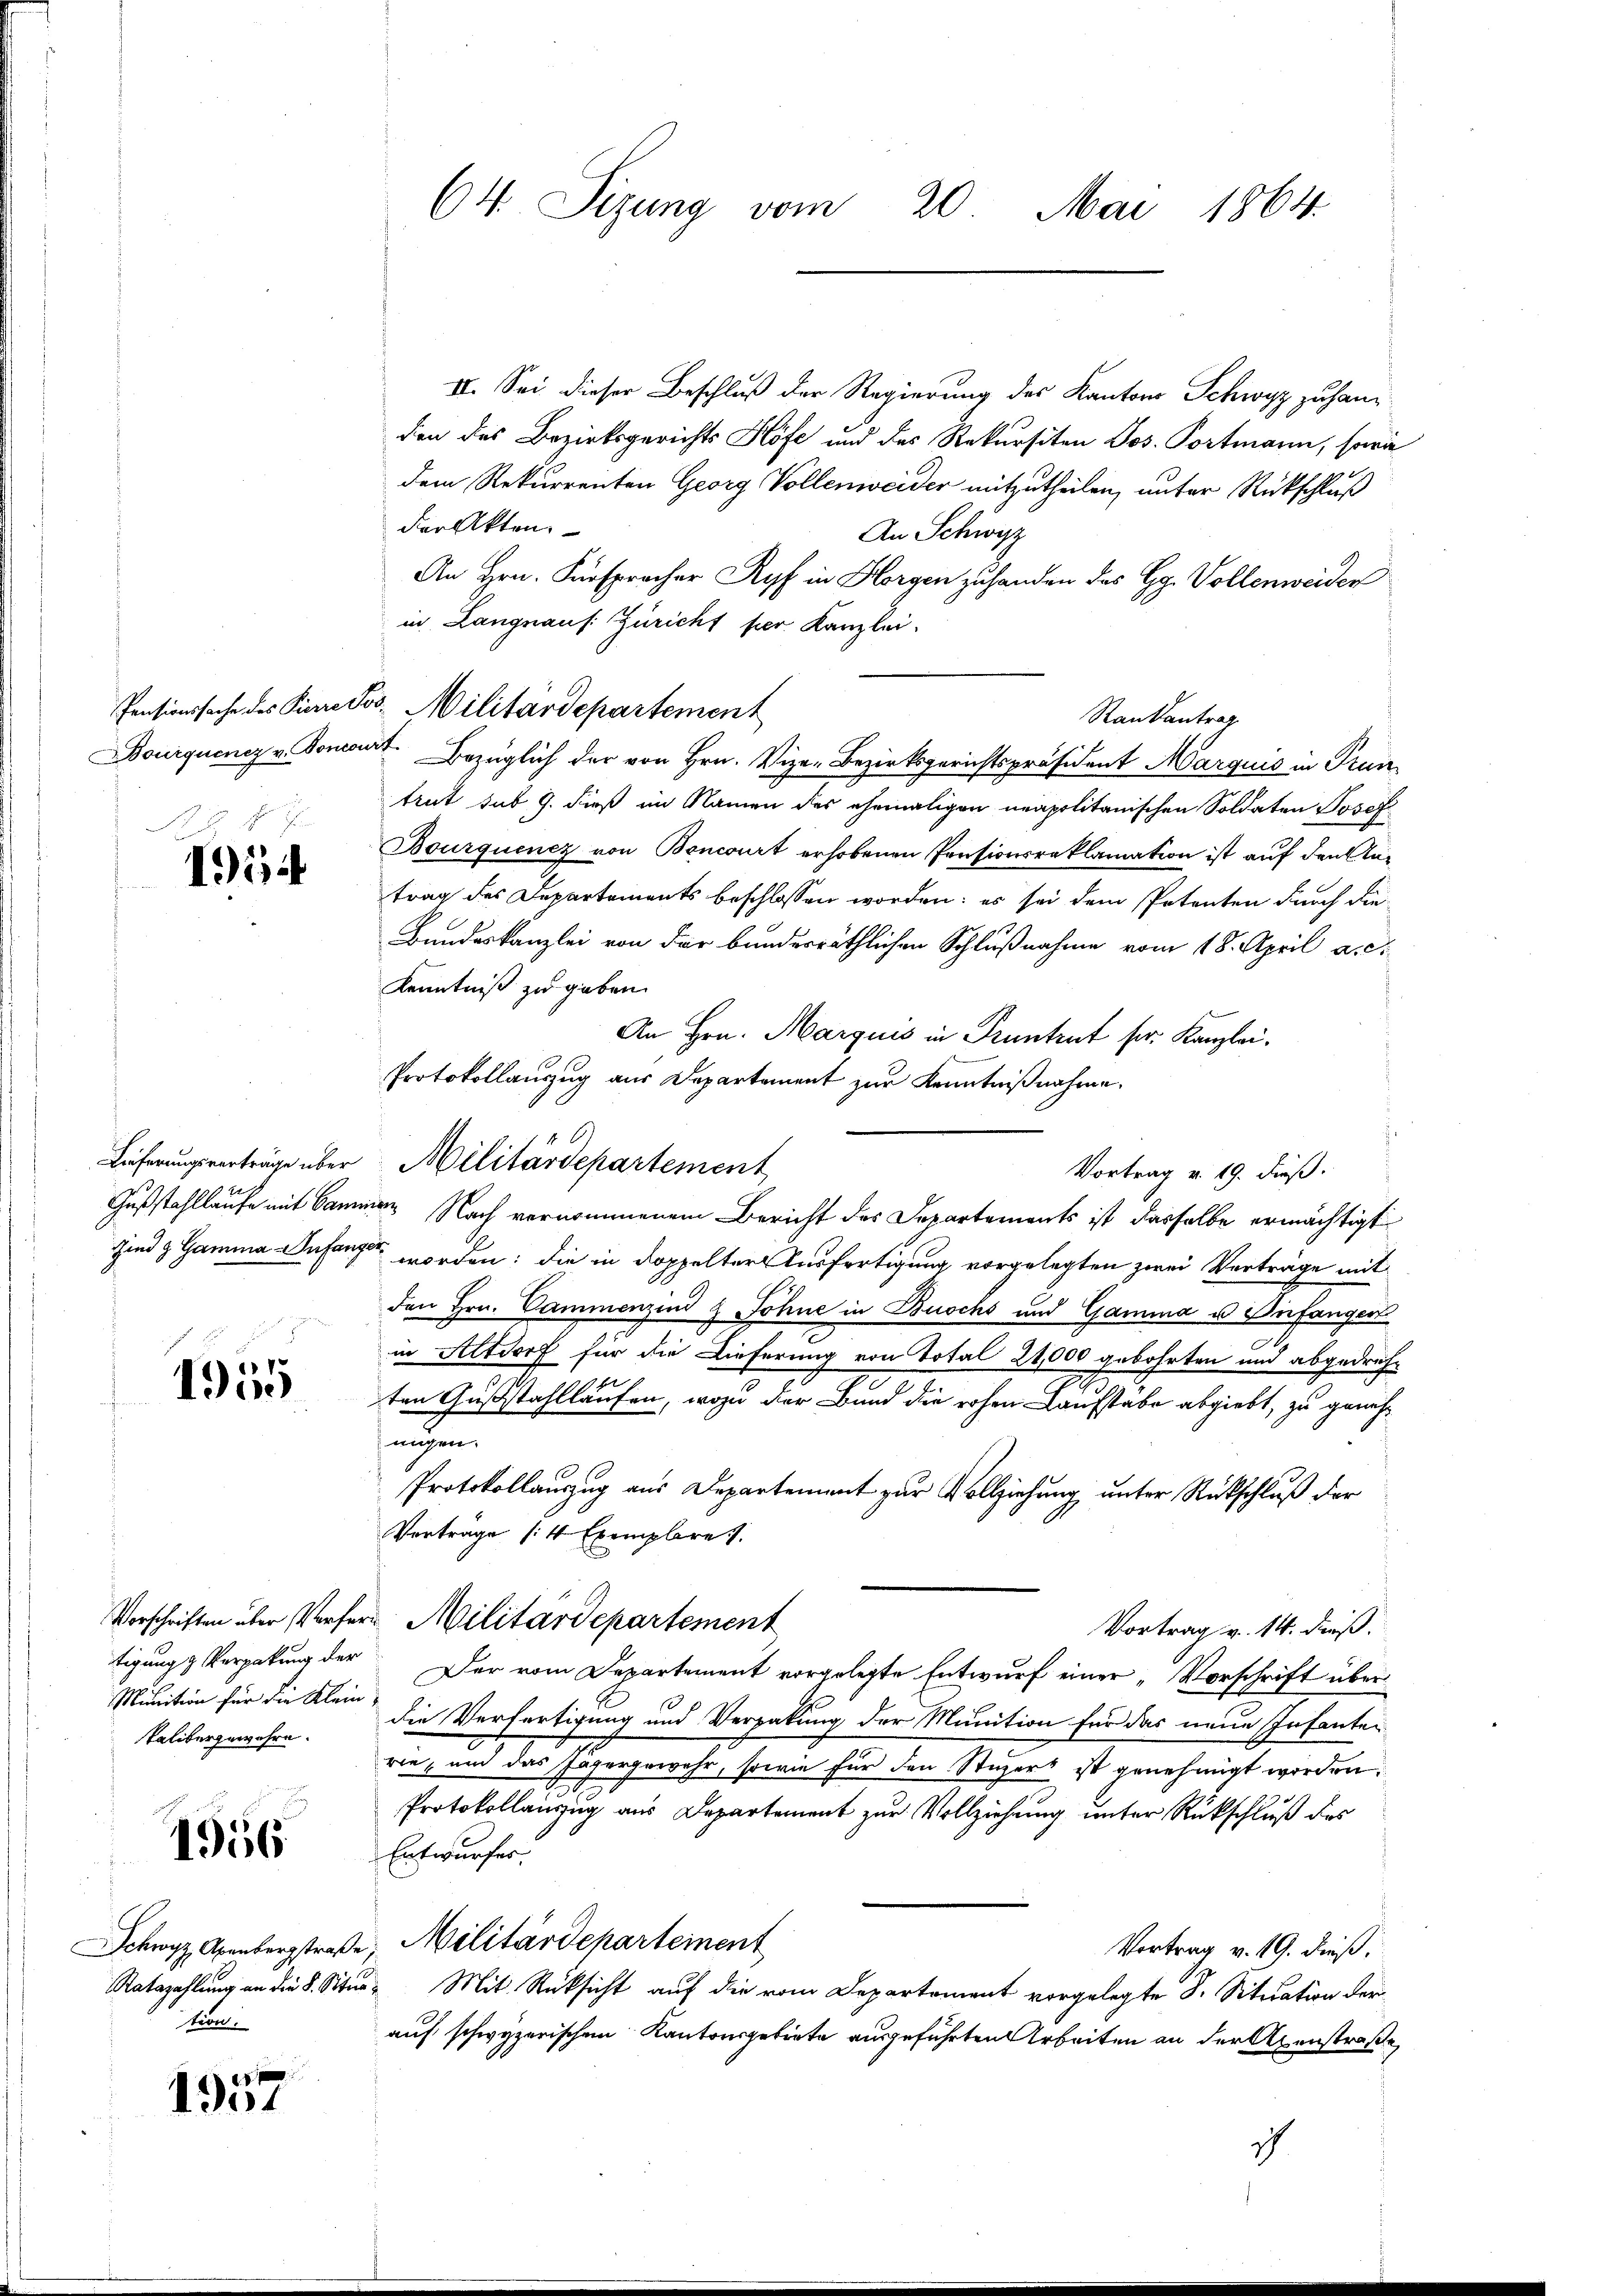
154

1955

Munition für die Klein.
Palibergewahre.

1956

tion.

¬
dit

64. Sizung vom 20. Mai 1864.

IV. Sei dieser Beschluß der Regierung des Kantons Schwyz zuhangden des Bezirksgerichts Höfe und des Rekursiten Jos. Portmann, sowi
dem Rekurrenten Georg Vollenweider mitzutheilen, unter Rückschluß
der Akten
An Schwyz
An Hrn. Fürspracher Ryf in Horgen zuhanden des Gg. Vollenweiden
in Langnaus Züricht per Kanzlei.
Rank antrag
Bourquenz v. Donant. Bezüglich der von Hrn. Vize-Bezirksgerichtspräsident Marquis in Prun
trut sub 9. dieß im Namen des ehemaligen neapolitanischen Soldaten Josef
Bourquenz von Boncourt erhobenen Pensionsraklamation ist auf den Antrag des Departements beschlossen worden: es sei dem Petenten durch die
Bundeskanzlei von der bunderräthlichen Schlußnahme vom 18. April a. c.
Kenntniß zu geben.
An Hrn. Marquis in Pruntrut sr. Kanzlei.
Protokollauszug aus Departement zur Kenntnißnahme.
Lieferungsverträge über Militärdepartement
Gußstahllaufe mit Cammen Nach vernommenem Bericht des Departements ist dasselbe ermächtigt
Sind z. Gamma Infang worden; die in doppelter Ausfertigung vorgelegten zwei Vorträge mit
den Hrn. Cammenzind & Johne in Buochs und Gamma u Anfangen
r
in Altdorf für die Dieferung von Total 24,000 gebohrten und abgedrüh-
ten Gußstahllaufen, wozu der Bund die rohen Laufstabe abgiebt, zu genehmigen.
Protokollauszug aus Departement zur Vollziehung unter Rückschluß der
Verträge (4 Exemplare
Vorschriften über Verfer Militärdepartement
Vortrag v. 14. dieß.
tigung & Verpakung der Der vom Departement vorgelegte Entwurf einer „Vorschrift über
die Verfertigung und Vergabung der Munition für das neue Infantei
rie, und das Jagergewehr, sowie für den Stizgers ist genehmigt worden.
Protokollauszug aus Departement zur Vollziehung unter Rückschluß des
Entwurfes.
Schwyz Axenbergstraβe, Militärdepartement
Vortrag v. 19. dieß.
Ratazahlung an die L. Stur- Mit Rücksicht auf die vom Departement vorgelegte Dr. Situation der
auf schwyzerischen Kantonsgebiete ausgeführten Arbeiten an der Axenstraße
h

Pensionssache des Pierre Jos. Militärdepartement

Vortrag v. 19. dieß.